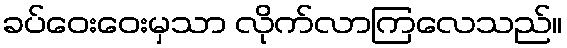
ခပ်ဝေးဝေးမှသာ လိုက်လာကြလေသည်။